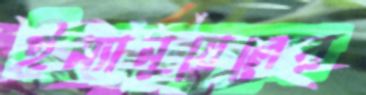
ইম্যানুয়েলের